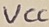
Text: VCC